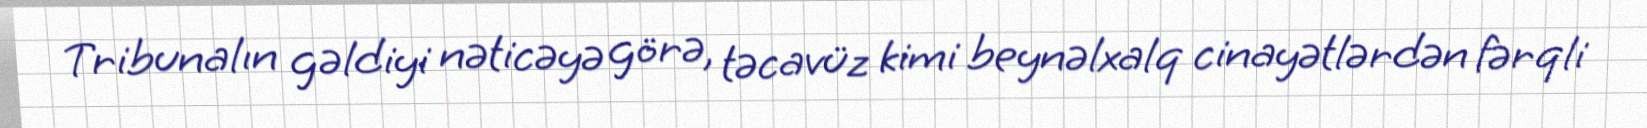
Tribunalın gəldiyi nəticəyə görə, təcavüz kimi beynəlxalq cinayətlərdən fərqli